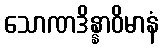
သောဏဒိန္နာဝိမာနံ